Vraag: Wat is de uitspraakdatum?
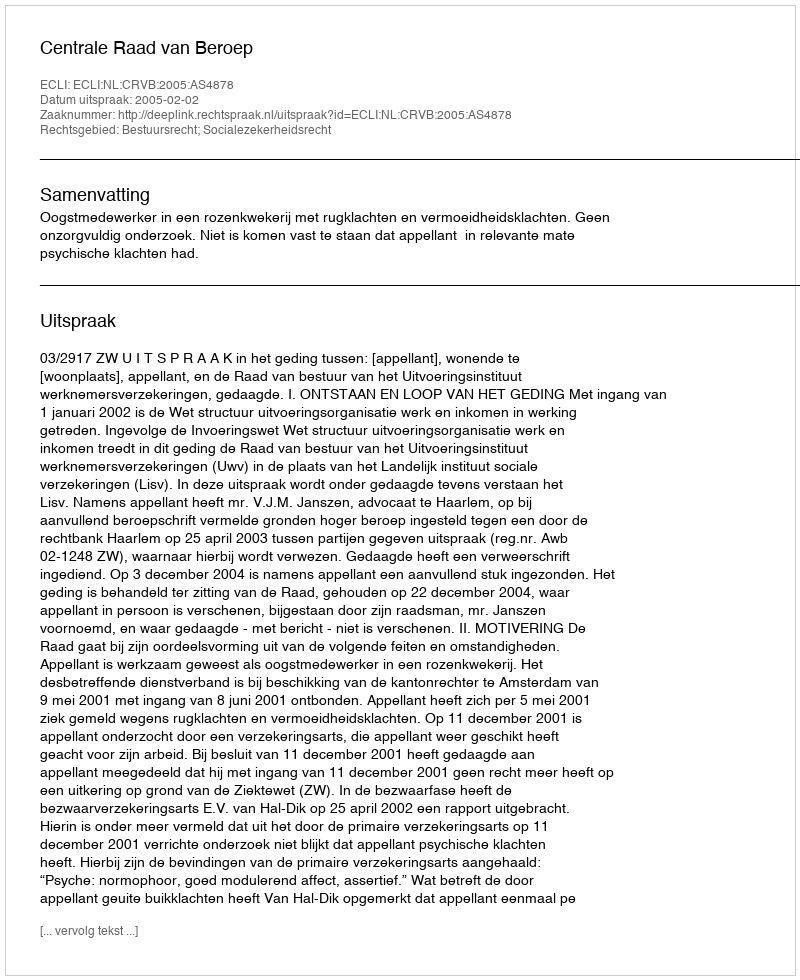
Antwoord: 2005-02-02